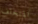
المتخلف